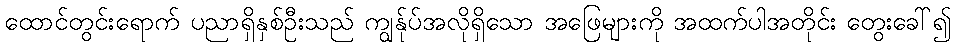
ထောင်တွင်းရောက် ပညာရှိနှစ်ဦးသည် ကျွန်ုပ်အလိုရှိသော အဖြေများကို အထက်ပါအတိုင်း တွေးခေါ်၍